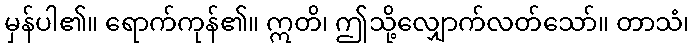
မှန်ပါ၏။ ရောက်ကုန်၏။ ဣတိ၊ ဤသို့လျှောက်လတ်သော်။ တာသံ၊